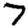
Digit: 7